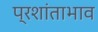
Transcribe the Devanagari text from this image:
प्रशांताभाव